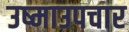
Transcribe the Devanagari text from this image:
उष्माउपचार